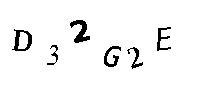
D32G2E